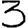
Digit: 3